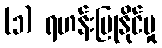
(၁) ရဟန်းပြုနိုင်မှု